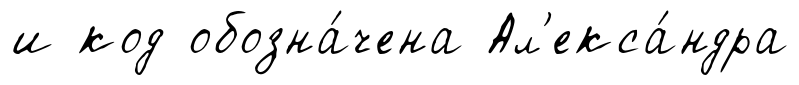
и код обозна́чена Ал'екса́ндра